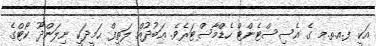
އަކީ ފ.އ.ތ.މ ގެ އެސިސްޓެންޓް ހެޑްމާސްޓަރެވެ. ޢަބުދުއް ލަތީފް ޙަމީދަކީ ނިލަންދޫ ކޯޓްގެ